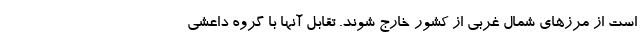
است از مرزهای شمال غربی از کشور خارج شوند. تقابل آنها با گروه داعشی